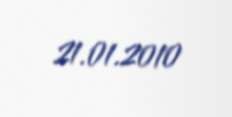
21.01.2010